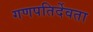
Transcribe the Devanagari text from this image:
गणपतिर्देवता